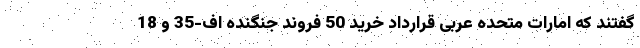
گفتند که امارات متحده عربی قرارداد خرید 50 فروند جنگنده اف-35 و 18